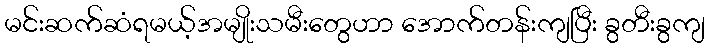
မင်းဆက်ဆံရမယ့်အမျိုးသမီးတွေဟာ အောက်တန်းကျပြီး ခွတီးခွကျ